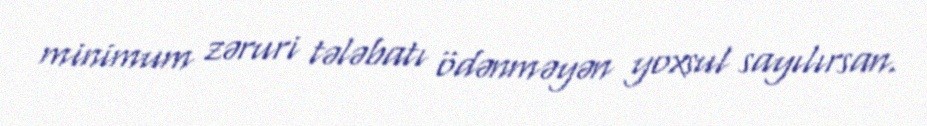
minimum zəruri tələbatı ödənməyən yoxsul sayılırsan.